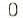
0